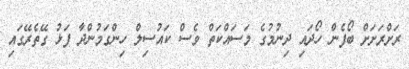
ރަށްރަށަށް ބޯފެން ހޯދައި ދިނުމުގެ މަސައްކަތް ވެސް ކައުސިލް ހިންގަމުންދާ ފަޅު ގޭތެރޭގައި